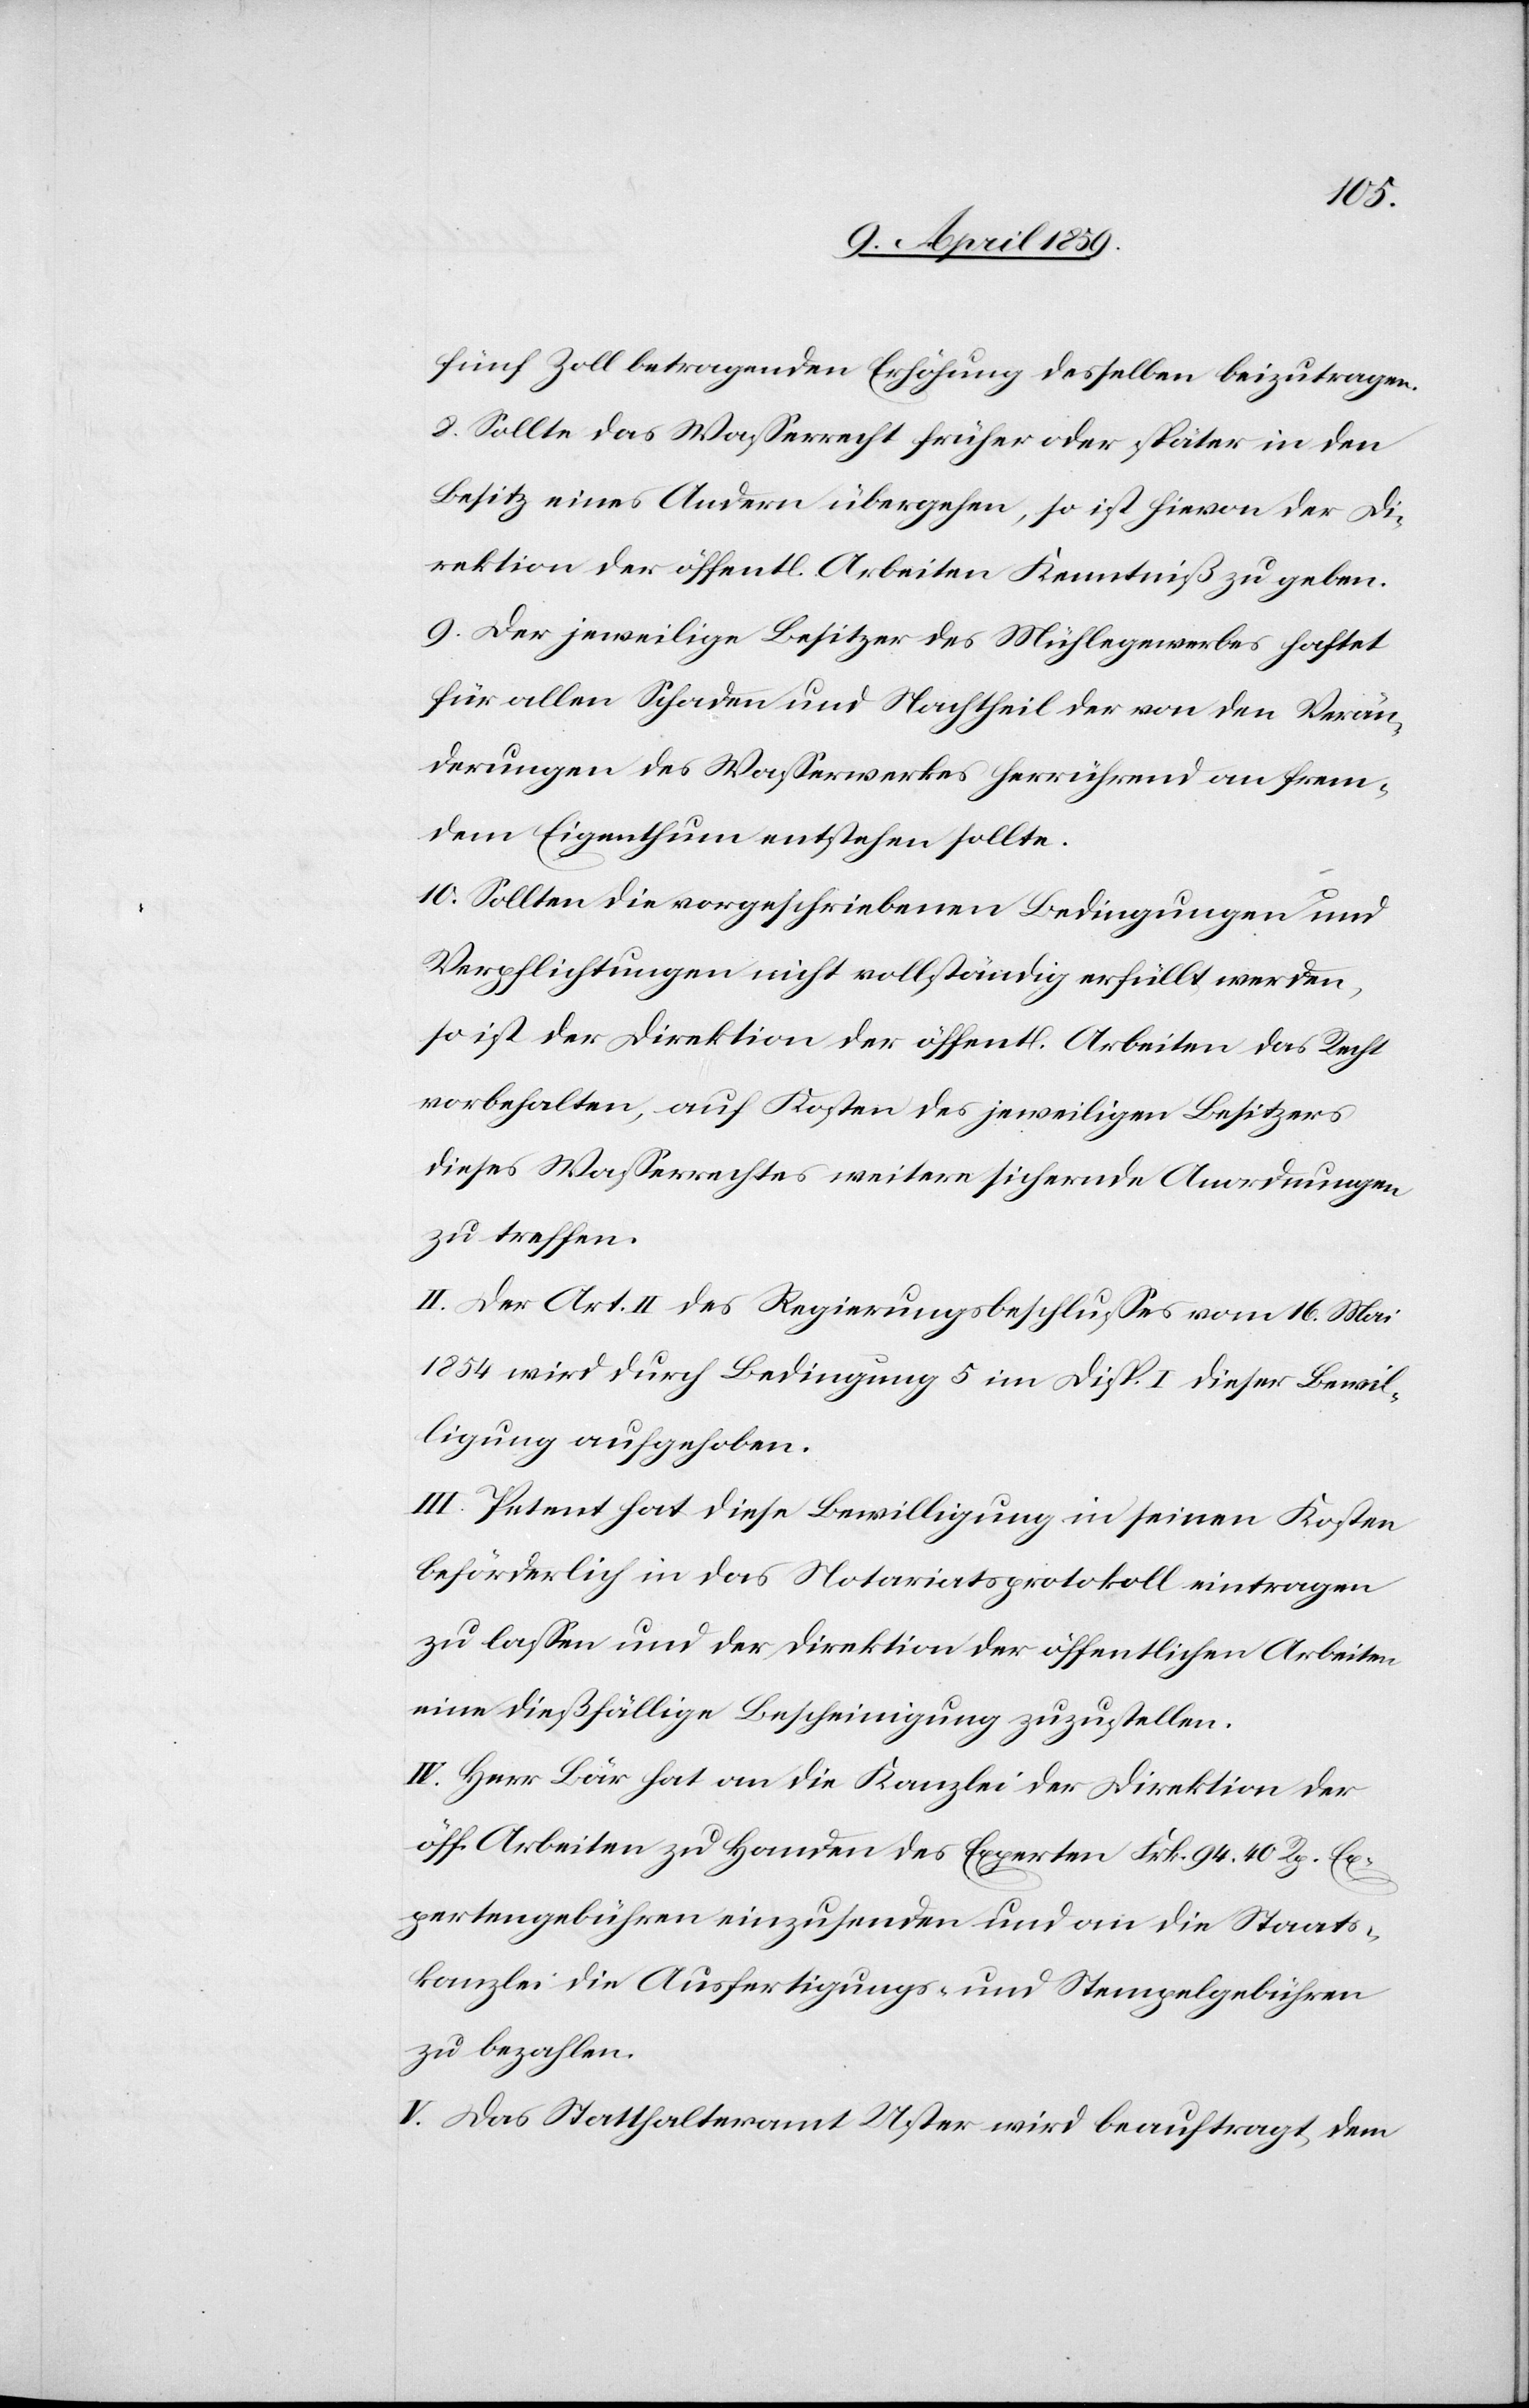
fünf Zoll betragenden Erhöhung desselben beizutragen.
8) Sollte das Waßerrecht früher oder später in den
Besitz eines Andern übergehen, so ist hievon der Di¬
rektion der öffentlichen Arbeiten Kenntniß zu geben.
9) Der jeweilige Besitzer des Mühlegewebes haftet
für allen Schaden und Nachtheil der von den Verän¬
derungen des Waßerwerkes herrührend an frem¬
dem Eigenthum entstehen sollte.
10) Sollten die vorgeschriebenen Bedingungen und
Verpflichtungen nicht vollständig erfüllt werden,
so ist der Direktion der öffentlichen Arbeiten das Recht
vorbehalten, auf Kosten des jeweiligen Besitzers
dieses Waßerrechtes weitere sichernde Anordnungen
zu treffen.
II. Der Art. II des Regierungsbeschlußes vom 16. Mai
1854 wird durch Bedingung 5 im Disp. I dieser Bewil¬
ligung aufgehoben.
III. Petent hat diese Bewilligung in seinen Kosten
beförderlich in das Notariatsprotokoll eintragen
zu laßen und der Direktion der öffentlichen Arbeiten
eine dießfällige Bescheinigung zuzustellen.
IV. Herr Bär hat an die Kanzlei der Direktion der
öff. Arbeiten zu Handen des Experten Frk. 94. 40 Rp. E¬
xpertengebühren einzusenden und an die Staats¬
kanzlei die Ausfertigungs- und Stempelgebühren
zu bezahlen.
V. Das Statthalteramt Uster wird beauftragt, dem